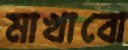
মাখাবো